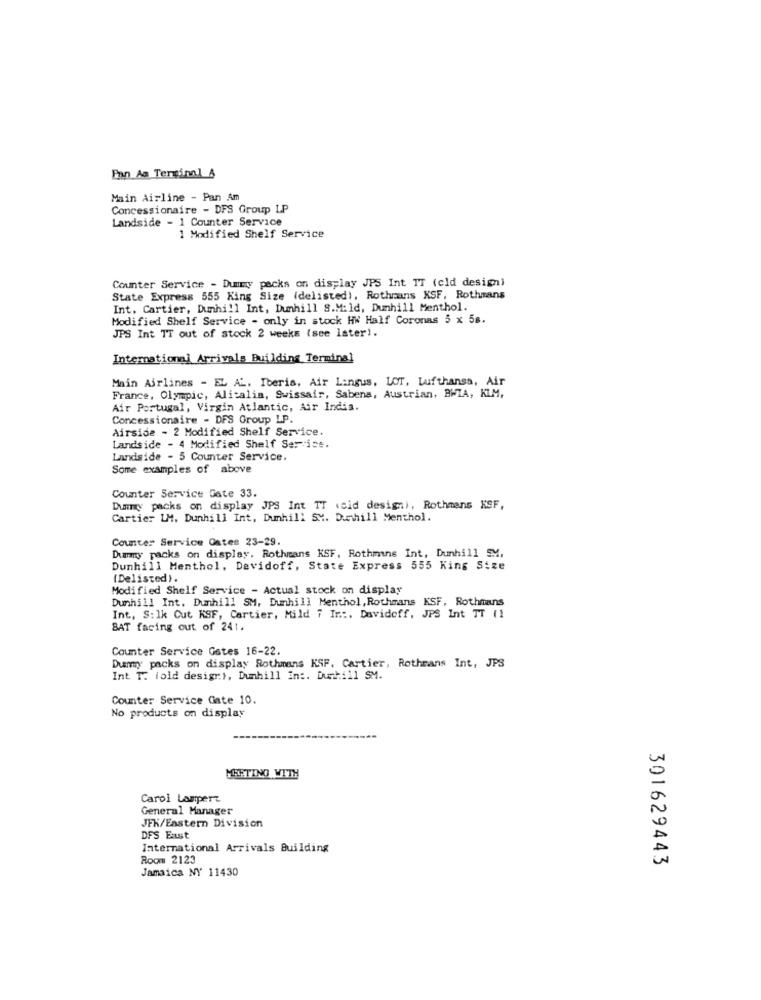
Pan Aa Terminal A
Main Airline - Pan Am
Concessionaire - DFS Group LP
Landside - 1 Counter Service
1 Modified Shelf Service
Counter Service - Dumy packs on display JPS Int IT (cld design)
State Express 555 King Size (delisted), Rothmans XSF, Rothmans
Int. Cartier, Dunhill Int, Dunhill S.M:1d, Dunhill Menthol.
Modified Shelf Service - only in stock HW Half Coronas 5 x 58.
JPS Int TT out of stock 2 weeks (see later).
International Arrivals Building Terminal
Main Airlines - EL AL. Iberis, Air Lingus, LOT, Lufthansa, Air
France, Olympic, Alitalia, Swissair, Sabena, Austrian, BWIA, KIM,
Air Portugal, Virgin Atlantic, Air India.
Concessionaire - DFS Group LP.
Airside - 2 Modified Shelf Service.
Landside - 4 Modified Shelf Service.
Landside - 5 Counter Service.
Some examples of above
Counter Service Gate 33.
Dury packs on display JPS Int TT .cid design), Rothmans XSF,
Cartier LM. Dunhill Int, Dunhill SM. Dunhill Menthol.
Counter Service Gates 23-29.
Dummy packs on display. Rothmans KSF. Rothmans Int, Dunhill SM,
Dunhill Menthol, Devidoff, State Express 555 King Size
(Delisted).
Modified Shelf Service - Actual stock on display
Dunhill Int. Dunhill SM, Dunhill Menthol, Rothmans KSF, Rothmans
Int, S: Ik Cut KSF, Cartier, Mild 7 In :. Davidoff, JPS Int TT (1
BAT facing out of 241.
Counter Service Gates 16-22.
Dummy packs on display Rothmans KSF. Cartier, Rothmans Int, JPS
Int T. fold design), Dunhill Int. Dunhill SM.
Counter Service Gate 10.
No products on display
MEETING WITH
Carol Lamperz
General Manager
JFK/Eastern Division
DFS East
International Arrivals Building
Room 2123
301629443
Jamaica NY 11430